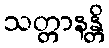
သတ္တာနန္တိ